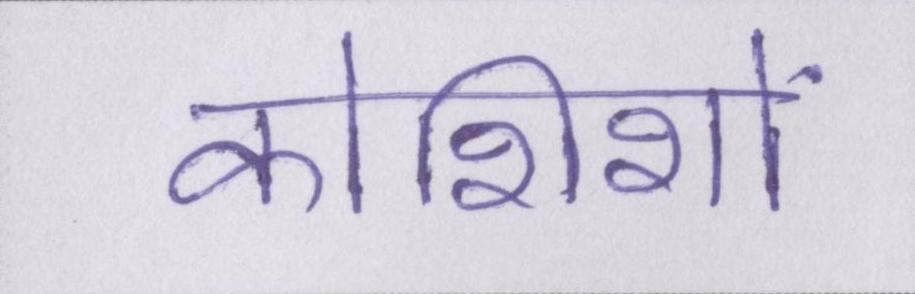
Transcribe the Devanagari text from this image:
कोशिशों